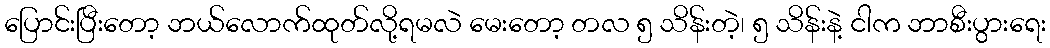
ပြောင်းပြီးတော့ ဘယ်လောက်ထုတ်လို့ရမလဲ မေးတော့ တလ ၅ သိန်းတဲ့၊ ၅ သိန်းနဲ့ ငါက ဘာစီးပွားရေး